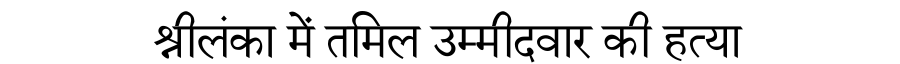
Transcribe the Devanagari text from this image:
श्रीलंका में तमिल उम्मीदवार की हत्या